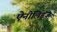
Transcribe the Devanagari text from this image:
ऐनीलिड्ज़